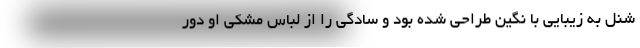
شنل به زیبایی با نگین طراحی شده بود و سادگی را از لباس مشکی او دور